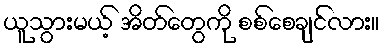
ယူသွားမယ့် အိတ်တွေကို စစ်စေချင်လား။